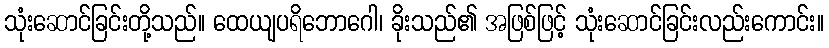
သုံးဆောင်ခြင်းတို့သည်။ ထေယျပရိဘောဂေါ၊ ခိုးသည်၏ အဖြစ်ဖြင့် သုံးဆောင်ခြင်းလည်းကောင်း။